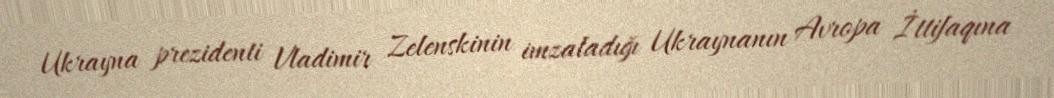
Ukrayna prezidenti Vladimir Zelenskinin imzaladığı Ukraynanın Avropa İttifaqına